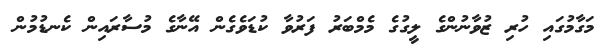
މަގާމުގައި ހުރި ޒުވާނުންގެ ލީގުގެ މެމްބަރު ފަރުވާ ކުޑަވެގެން އޭނާގެ މުސާރައިން ކެނޑުމުން